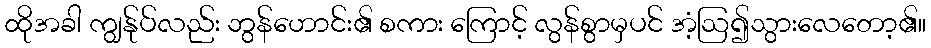
ထိုအခါ ကျွန်ုပ်လည်း ဘွန်ဟောင်း၏ စကား ကြောင့် လွန်စွာမှပင် အံ့ဩ၍သွားလေတော့၏။